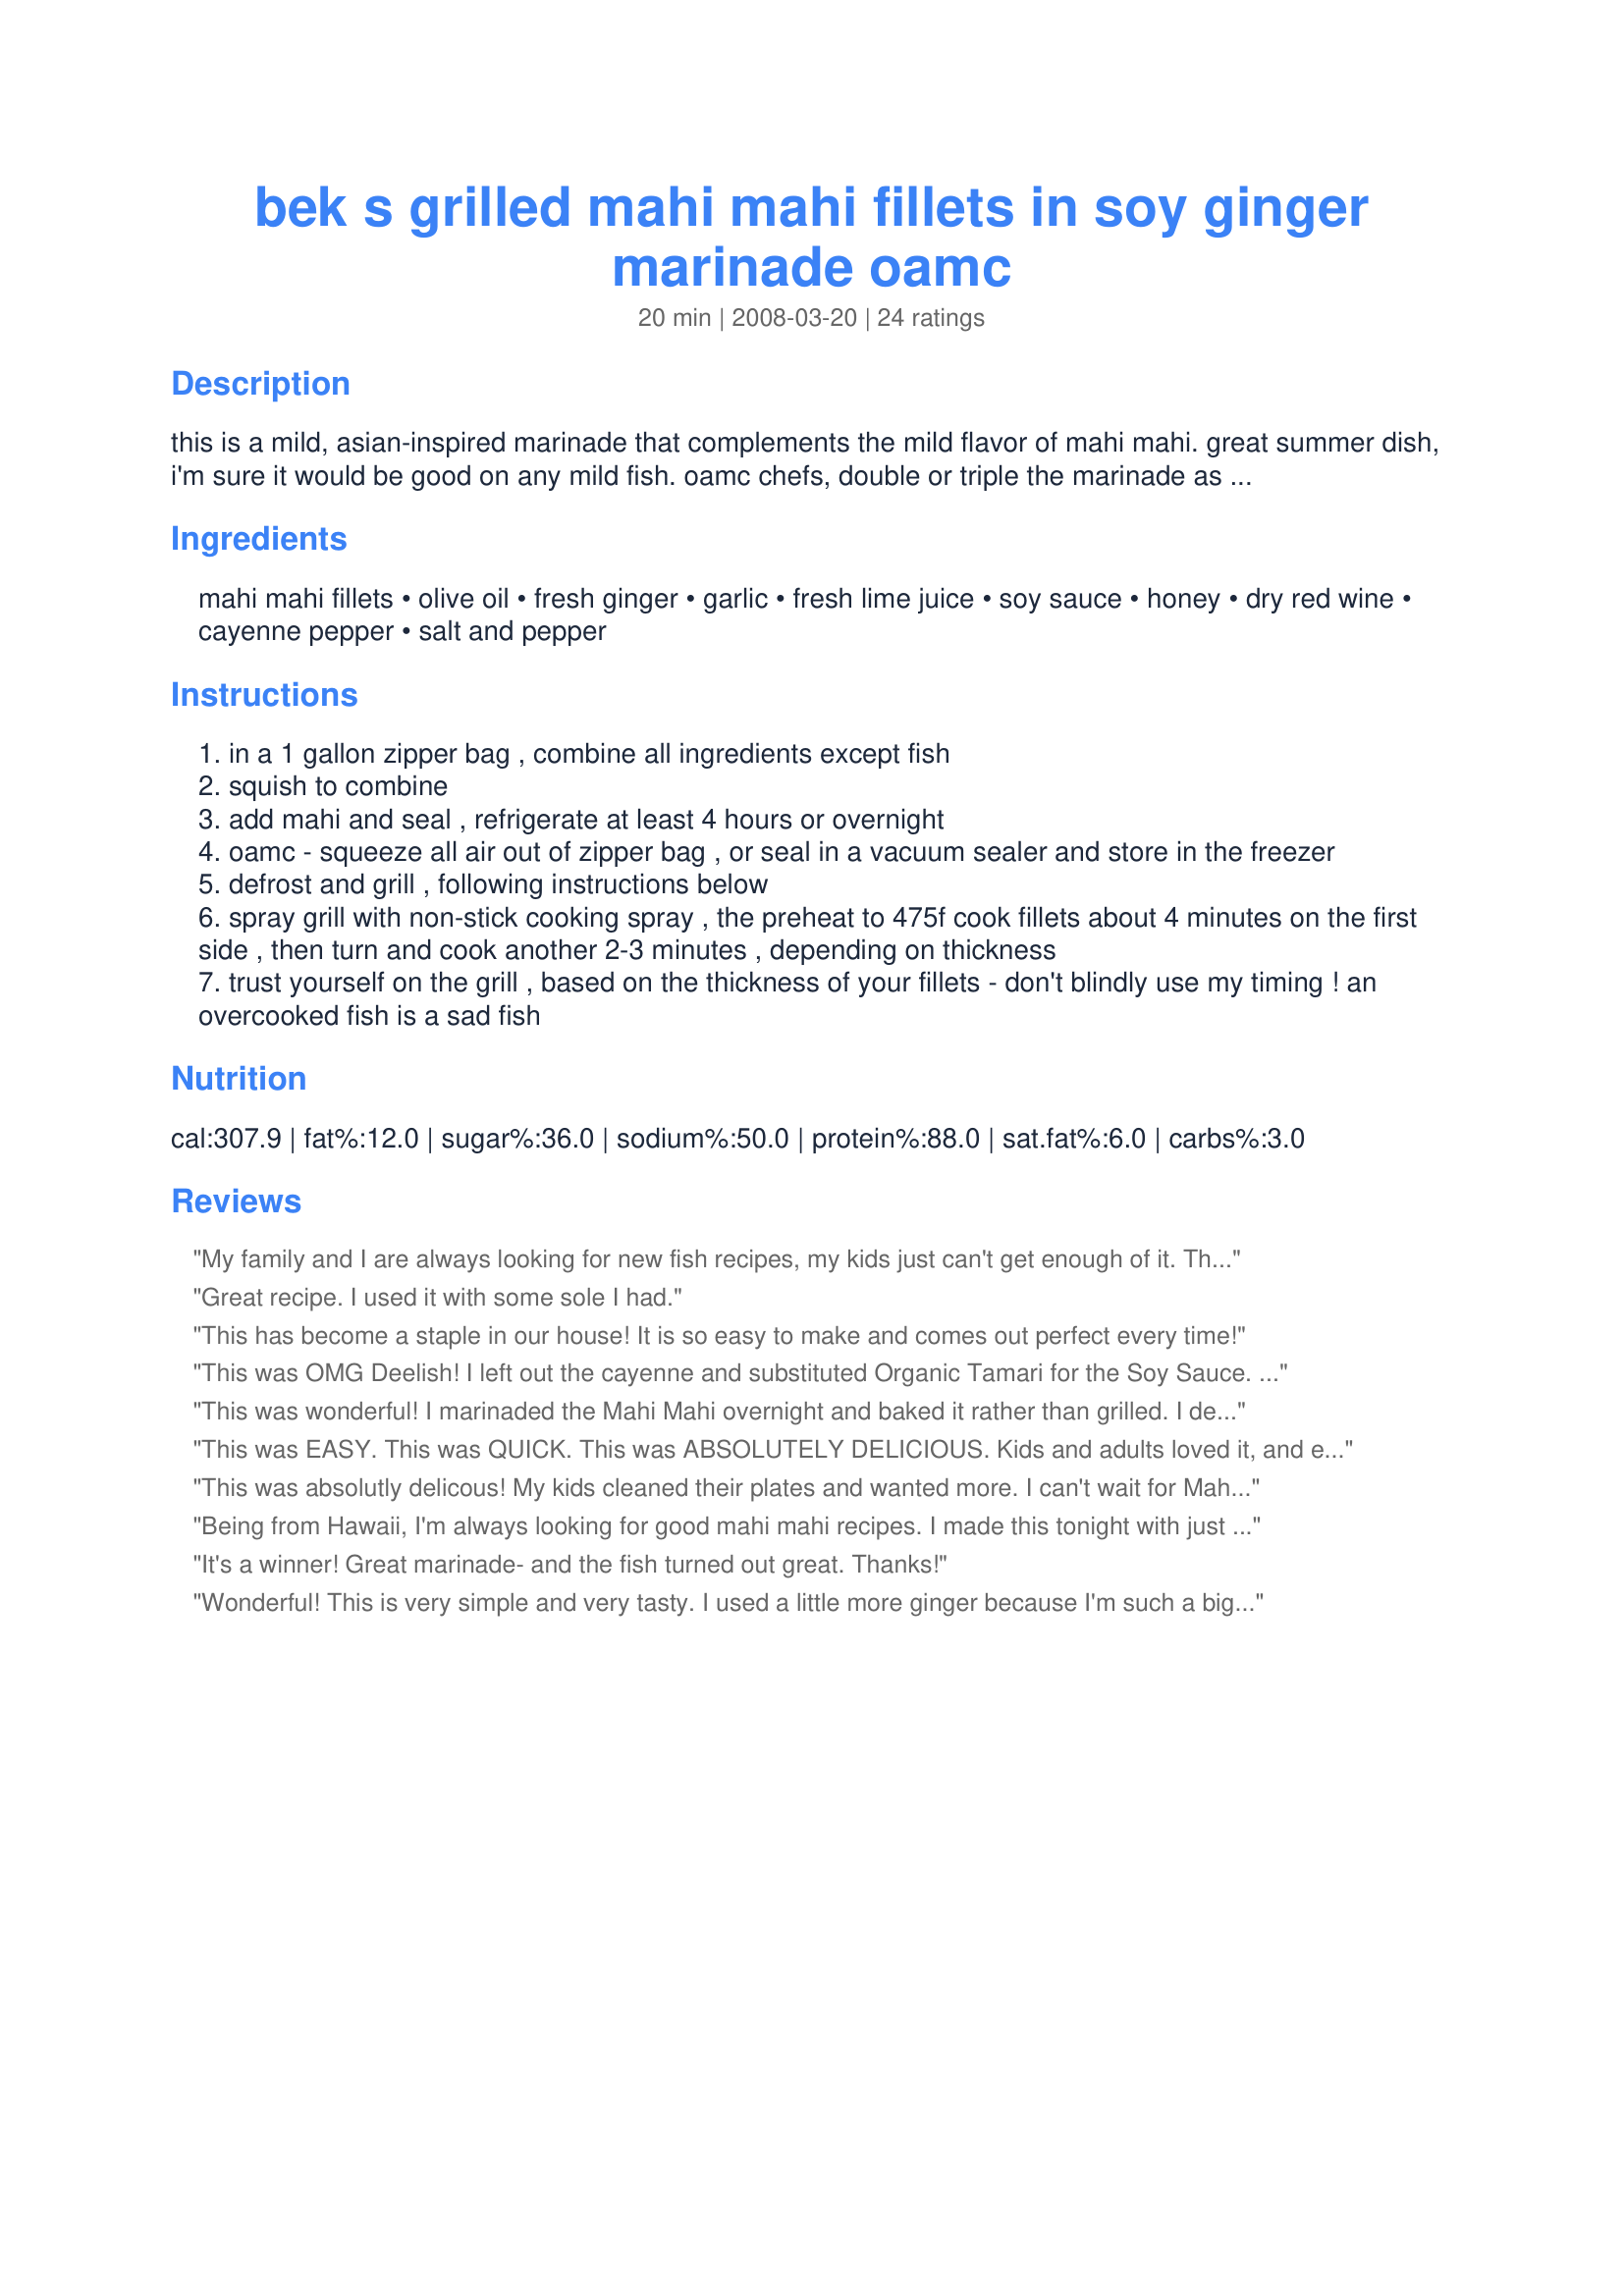
bek s grilled mahi mahi fillets in soy ginger marinade oamc
Preparation time: 20 minutes

this is a mild, asian-inspired marinade that complements the mild flavor of mahi mahi. great summer dish, i'm sure it would be good on any mild fish. oamc chefs, double or triple the marinade as needed and freeze in family-sized portions - i use my vacuum sealer. **as with many of my original recipes, the ingredient amounts are approximate. adjust to your preferences. as always, let me know if you make any substitutions or tweaks - i always like new ways to try old favorites! (cooking time does not include marinating time.)

Ingredients:
mahi mahi fillets, olive oil, fresh ginger, garlic, fresh lime juice, soy sauce, honey, dry red wine, cayenne pepper, salt and pepper

Steps:
in a 1 gallon zipper bag , combine all ingredients except fish
squish to combine
add mahi and seal , refrigerate at least 4 hours or overnight
oamc - squeeze all air out of zipper bag , or seal in a vacuum sealer and store in the freezer
defrost and grill , following instructions below
spray grill with non-stick cooking spray , the preheat to 475f cook fillets about 4 minutes on the first side , then turn and cook another 2-3 minutes , depending on thickness
trust yourself on the grill , based on the thickness of your fillets - don't blindly use my timing ! an overcooked fish is a sad fish

Reviews:
My family and I are always looking for new fish recipes, my kids just can't get enough of it. This marinade was DELICIOUS, I did everything exactly as directed, except I should have made more...lol. Made this as a thank you for Help-a-cameraless-Chef. Thanks!
Great recipe. I used it with some sole I had.
This has become a staple in our house! It is so easy to make and comes out perfect every time!
This was OMG Deelish! I left out the cayenne and substituted Organic Tamari for the Soy Sauce. It was soooooo good! Even the leftover Mahi Mahi was irresistable straight from the fridge! Everyone loved it. Thanks for posting!
This was wonderful! I marinaded the Mahi Mahi overnight and baked it rather than grilled. I definitely plan to make it again. I'm guessing this marinade would go well with all sorts of meats and fish and still be delicious!
This was EASY. This was QUICK. This was ABSOLUTELY DELICIOUS. Kids and adults loved it, and everyone wants it again soon! We used the recipe exactly as written except we used Marlin, and our cautious tastebuds did not find the cayenne too hot. This is a ripper of a recipe, I've already put it on my Facebook for friends to try :))
This was absolutly delicous! My kids cleaned their plates and wanted more. I can't wait for Mahi Mahi to go on sale again so I can make it again
Being from Hawaii, I'm always looking for good mahi mahi recipes. I made this tonight with just a couple of changes. I left out the cayenne (I'm not a hot person) and replaced the red wine with balsamic vinegar (didn't have any wine). It was awesome! Definitely a re-do in my book!
It's a winner! Great marinade- and the fish turned out great. Thanks!
Wonderful! This is very simple and very tasty. I used a little more ginger because I'm such a big fan, but otherwise made as directed. I grilled this on a stove-top grill pan and can't wait to have it again. Thanks Bek! Made for PAC Spring 2008.
This recipe was amazing. It changed my boyfriends opinion of fish all together and even my 5 year old daughter loved it! Due to a change of dinner plans mine marinated overnight and the glaze was perfect, sweet, a bit spicy, and with a great fresh ginger taste. Loved it!
This is excellent!!! Mahi Mahi is one fish that all five of my kids love, but this recipe is phenomenal. The grilling compliments the flavor in the soy/ginger marinade perfectly. Served w/jasmine rice & grilled vegetables it is yummy & healthy.
Yummy! I made this without the cayenne (I'm not big on heat) and I steamed it in a Ziploc steamer bag rather than grilling it, definitely a keeper. I served it with steamed carrots and Coconut Thai Rice (#239789). Thanks for sharing!
This marinade is amazing. I planned to make it for my Mahi, but found it was pre-marinated, so pulled out some chicken tenders and used them instead. I started them in the bag frozen and let them sit over night. It was delicious. Served it with seasoned rice and baked brussel sprouts! Made another batch tonight ... can't wait to feast!
This was very good but I used fresh ginger and it was a little over powering for me and my family&#039;s taste. I will make this recipe again but will use half the ginger called for.
WOW! This was outstanding. I did leave out the cayenne as the kiddos were having it with us for dinner. It was "delicious" (as my husband said.) My fillets started out frozen and I just added them to the marinade. I marinaded them for 5 hours in the fridge - mine cooked in about 4 minutes! GO GATORS! Thanks, Bek!
Very good marinade, perfect for the grill.
This was wonderful!
Loved it!. I did not change anything to the recipe except maybe put a little more wine and it was delicious. I served it along some young tender asparagus and a loaf of bread with Garlic Oil to deep in... what to do w/the rest of the wine? well I just had to had it along with the dinner. It was restaurant quality food!!!
Thanks for sharing!!
This was excellent! The whole family including the 3 year old dove right in. The only substitution I made was Agave Nectar in place of the honey because I had no honey kicking around the house. I will definitely use this recipe again. We served this with a sesame ginger noodle salad with fresh peppers and tomatoes, YUM!
I really liked how "light" this marinade is. It did not overpower the fish at all. I marinaded mine for 8 hours. <br/>Thoroughly enjoyable and very simple. <br/>Thanks so much for sharing!
This was delicious! We're a low-carb household, so I put in a tablespoon of splenda in lieu of the honey and added a splash more lime juice to make up the liquid. I served it with a side of sesame zucchini. Thanks for such a delicious recipe.
This was SO GOOD!! I made it exactly as the recipe said and I let it marinade for 4 hours. My fish was a little on the small side, so I grilled it 4 minutes first side and only about a minute and a half on the second side. Perfect! Great taste, very mild glaze. My husband said he was worried the glaze would be too thick, but it wasn't! Will definitely be making this again!!
This was so easy to make and delicious! I substituted just a little bit of finely chopped jalapeno pepper for cayenne pepper. YUM!
Great, basic Asian marinade! My only tweak would be to use white wine instead of red. Red wine messes with the color of the fish a bit much for my taste. Terrific flavors, though. Thanks. Glad I found your site.
